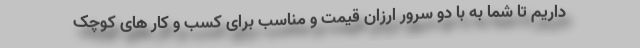
داریم تا شما به با دو سرور ارزان قیمت و مناسب برای کسب و کار های کوچک